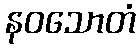
နဝသောတံ